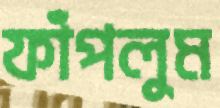
ফাঁপলুম